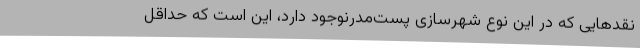
نقدهایی که در این نوع شهرسازی پست‌مدرنوجود دارد، این است که حداقل